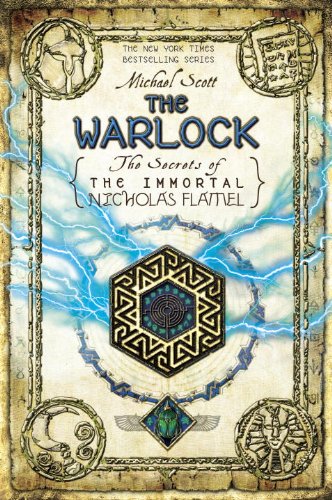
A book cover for The Warlock (The Secrets of the Immortal Nicholas Flamel); Michael Scott; Children's Books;